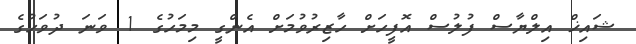
ޝައިޚް އިލްޔާސް ފުލުސް އޮފީހަށް ހާޒިރުވުމަށް އެންގީ މިމަހުގެ 1 ވަނަ ދުވަހުގެ